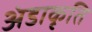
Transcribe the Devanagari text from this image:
अंडाकृति